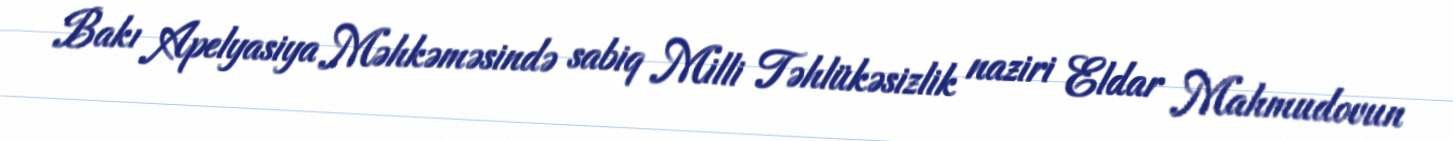
Bakı Apelyasiya Məhkəməsində sabiq Milli Təhlükəsizlik naziri Eldar Mahmudovun